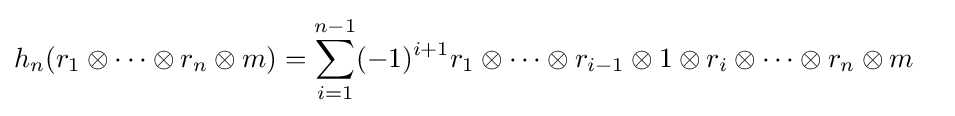
{\begin{aligned}h_{n}(r_{1}\otimes \cdots \otimes r_{n}\otimes m)&=\sum _{i=1}^{n-1}(-1)^{i+1}r_{1}\otimes \cdots \otimes r_{i-1}\otimes 1\otimes r_{i}\otimes \cdots \otimes r_{n}\otimes m\end{aligned}}